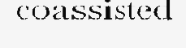
coassisted